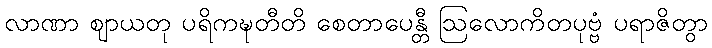
လာဏာ ဈာယတု ပရိကဍ္ဎတီတိ စေတာပေန္တီ ဩလောကိတပုဗ္ဗံ ပရာဇိတွာ